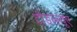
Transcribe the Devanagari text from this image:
टीडब्ल्यूए